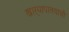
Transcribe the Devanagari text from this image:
खाऱ्यापाण्याची